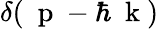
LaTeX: \delta(\mathrm{~\mathbf~p~}-\hbar\mathrm{~\mathbf~k~})